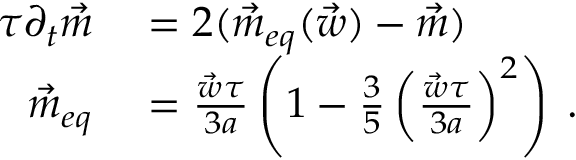
\begin{array} { r l } { \tau \partial _ { t } \vec { m } } & { { } = 2 ( \vec { m } _ { e q } ( \vec { w } ) - \vec { m } ) } \\ { \vec { m } _ { e q } } & { { } = \frac { \vec { w } \tau } { 3 a } \left( 1 - \frac { 3 } { 5 } \left( \frac { \vec { w } \tau } { 3 a } \right) ^ { 2 } \right) \; . } \end{array}